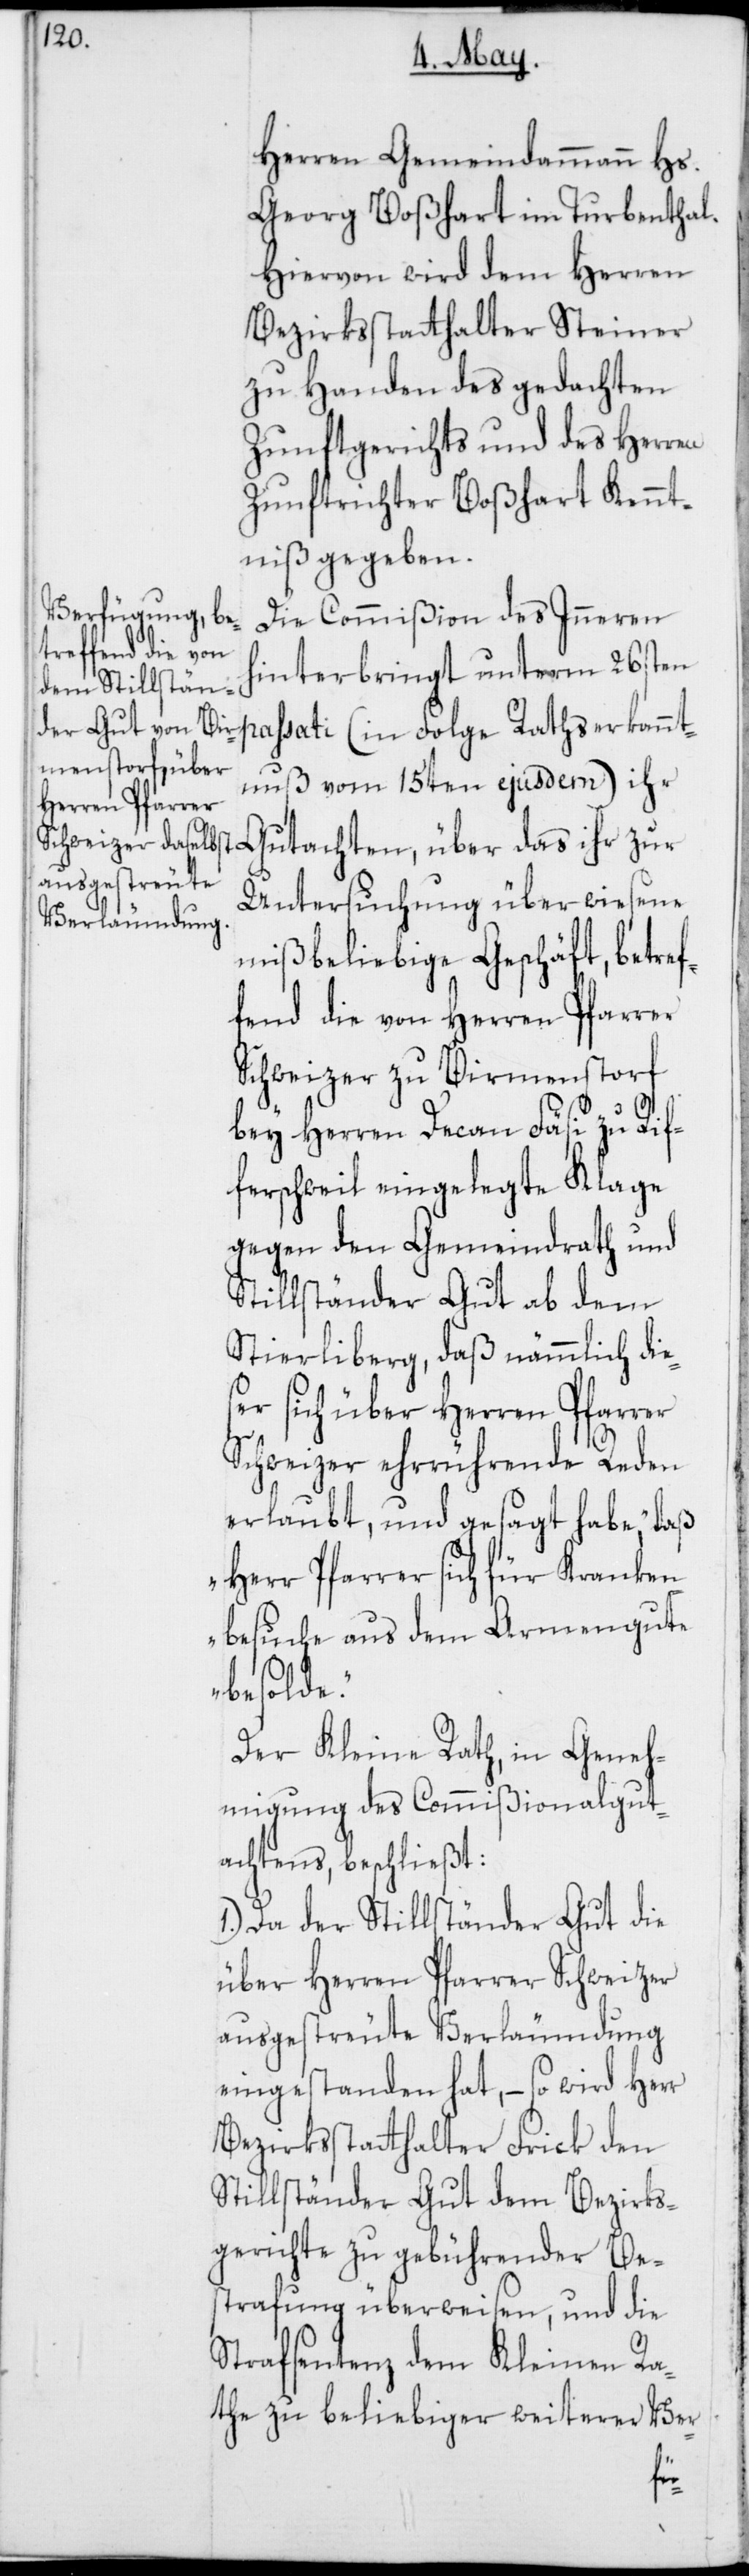
Herren Gemeindammann Hs.G¬
eorg Boßhart im Turbenthal.
Hiervon wird dem Herren
Bezirksstatthalter Steiner
zu Handen des gedachten
Zunftgerichts und des Herren
Zunftrichter Boßhart Kennt¬
niß gegeben.
Die Commißion des Inneren
hinterbringt unterm 26sten
nntnus vom 15ten ejusdem) ihr
Gutachten, über das ihr zur
Untersuchung überwiesene
mißbeliebige Geschäft, betref¬
fend die von Herren Pfarrer
Schweizer zu Birmenstorf
bey Herren Decan Fäsi zu Rif¬
ferschweil eingelegte Klage
gegen den Gemeindrath und
Stillständer Gut ab dem
Stierliberg, daß nämmlich die¬
ser sich über Herren Pfarrer
Schweizer ehrrührende Reden
erlaubt, und gesagt habe, „daß
Herr Pfarrer sich für Kranken¬
besuche aus dem Armengute
besolde.“
Der Kleine Rath, in Geneh¬
migung des Commißionalgut¬
achtens, beschließt:
1.) Da der Stillständer Gut die
über Herren Pfarrer Schweizer
ausgestreute Verleumdung
eingestanden hat, – so wird Herr
Bezirksstatthalter Frick den
Stillständer Gut dem Bezirks¬
gerichte zu gebührender Be¬
strafung überweisen, und die
Strafsentenz dem Kleinen Ra¬
the zu beliebiger weiterer Ver-
rka¬